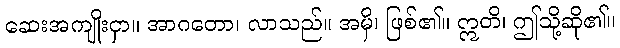
ဆေးအကျိုးငှာ။ အာဂတော၊ လာသည်။ အမှိ၊ ဖြစ်၏။ ဣတိ၊ ဤသို့ဆို၏။